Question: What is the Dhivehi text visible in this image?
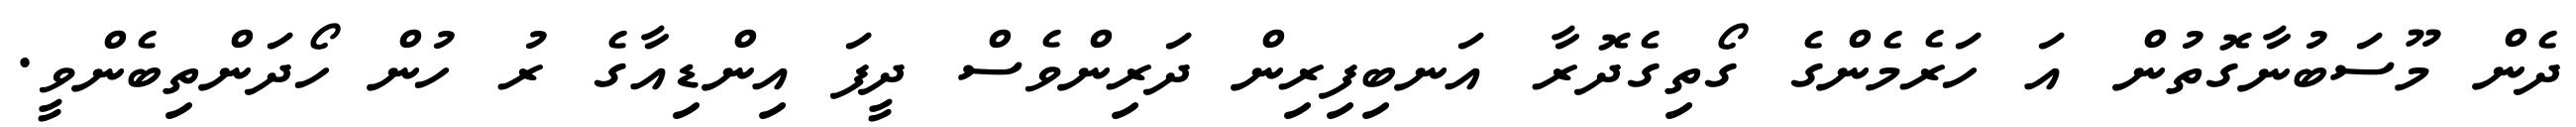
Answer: ދެން މޫސަބުނާގޮތުން އަ ހަރެމެންގެ ގޯތިގެދޮރާ އަނބިފިރިން ދަރިންވެސް ދީފަ އިންޑިއާގެ ރު ހުން ހޯދަންތިބެންވީ.